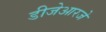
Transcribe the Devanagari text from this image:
डीजेआरजे